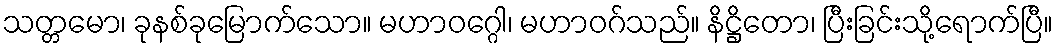
သတ္တမော၊ ခုနစ်ခုမြောက်သော။ မဟာဝဂ္ဂေါ၊ မဟာဝဂ်သည်။ နိဋ္ဌိတော၊ ပြီးခြင်းသို့ရောက်ပြီ။